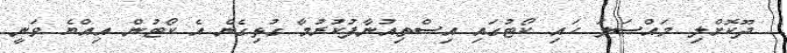
ދޫކޮށްލި މައްސަލަ ހައި ކޯޓުގައި އިސްތިއުނާފުކުރުމާ ގުޅިގެން އެ ކޯޓުން އިއްޔެ ވަނީ